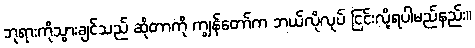
ဘုရားကိုသွားချင်သည် ဆိုတာကို ကျွန်တော်က ဘယ်လိုလုပ် ငြင်းလို့ရပါမည်နည်း။